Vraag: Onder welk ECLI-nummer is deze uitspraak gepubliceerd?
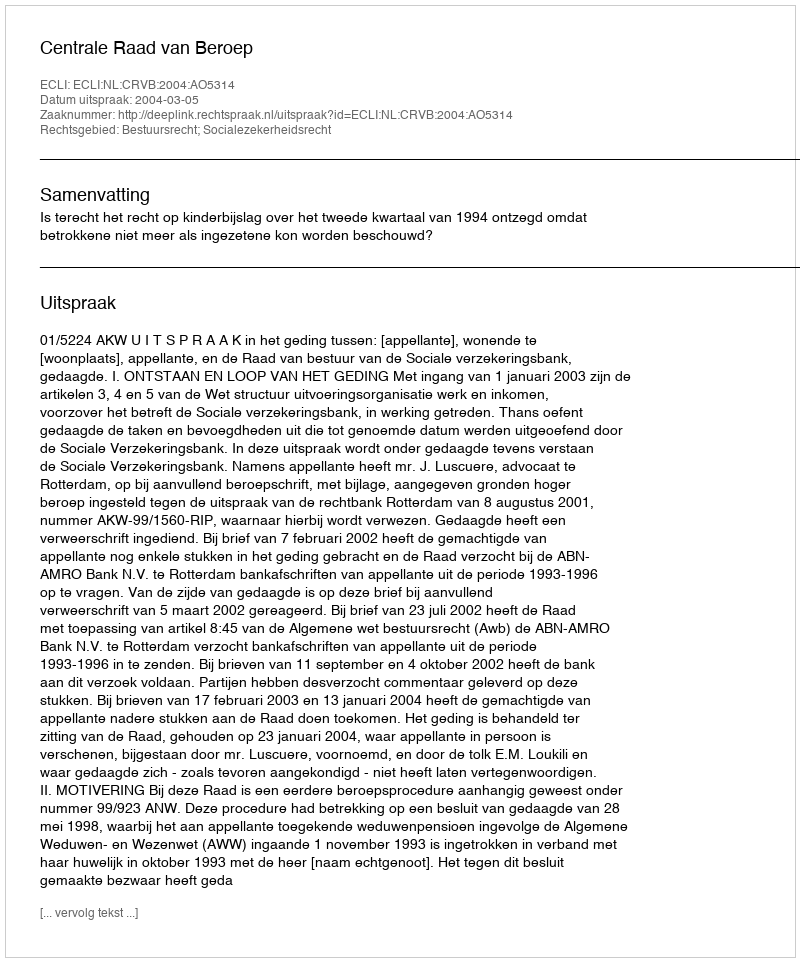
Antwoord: ECLI:NL:CRVB:2004:AO5314